Burma Government Medical School reports 1923-41
Year: 1923
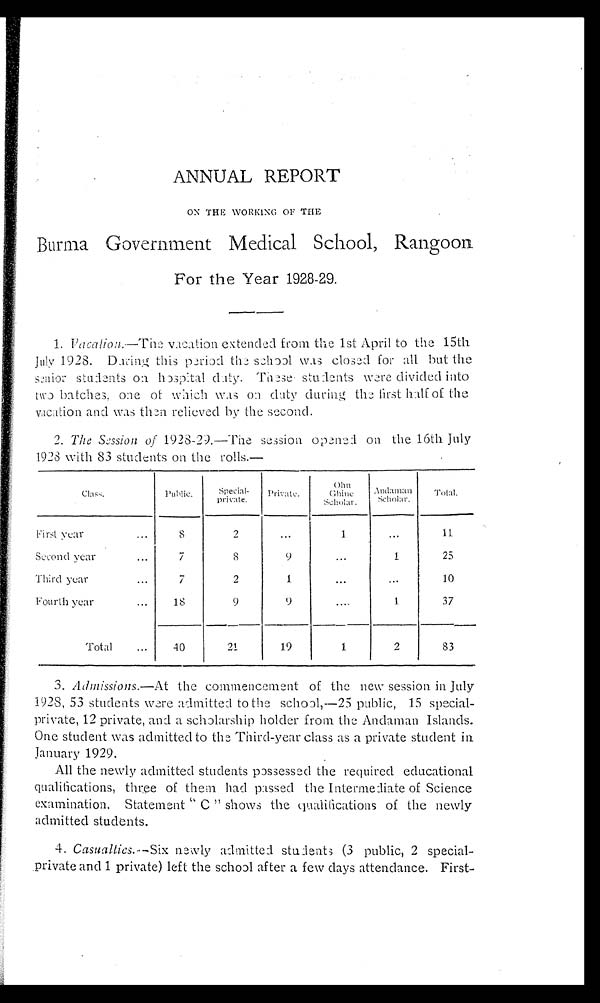
ANNUAL REPORT
ON THE WORKING OF THE
Burma Government Medical School, Rangoon
For the Year 1928-29.
1. Vacation.—The vacation extended from the 1st April to the 15th
July 1928. During this period the school was closed for all but the
senior students on hospital duty. These students were divided into
two batches, one of which was on duty during the first half of the
vacation and was then relieved by the second.
2. The Session of 1928-29.—The session opened on the 16th July
1928 with 83 students on the rolls.—
class.
Public.
Special
- p r i v a t e .
private.
O h n
Ghine
Scholar.
Andaman
Scholar.
T o t a l .
First year . . .
8
2
. . .
1
. . .
11
Second year . . .
7
8
9
. . .
1
2 5
Third year . . .
7
2
1
. . .
. . .
10
Fourth year . . .
1 8
9
9
. . .
1
37
Total . . .
4 0
21
19
1
2
83
3. Admissions.— At the commencement of the new session in July
1928, 53 students were admitted to the school,—25 public, 15 special-
private, 12 private, and a scholarship holder from the Andaman Islands.
One student was admitted to the Third-year class as a private student in
January 1929.
All the newly admitted students possessed the required educational
qualifications, three of them had passed the Intermediate of Science
examination. Statement "C" shows the qualifications of the newly
admitted students.
4. Casualties.— Six newly admitted students (3 public, 2 special
-private and 1 private) left the school after a few clays attendance. First
-